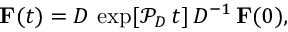
\mathbf { F } ( t ) = D \, \exp [ \mathcal { P } _ { D } \, t ] \, D ^ { - 1 } \, \mathbf { F } ( 0 ) ,